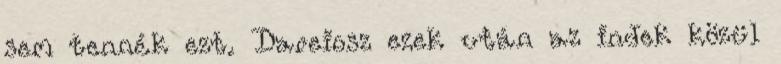
sem tennék ezt. Dareiosz ezek után az indek közül